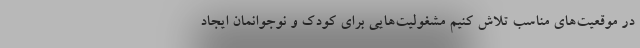
در موقعیت‌های مناسب تلاش کنیم مشغولیت‌هایی برای کودک و نوجوانمان ایجاد